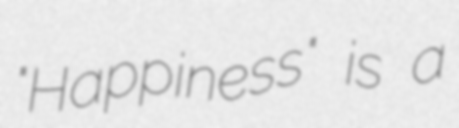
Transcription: "Happiness" is a